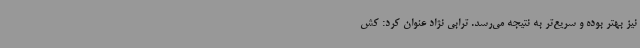
نیز بهتر بوده و سریع‌تر به نتیجه می‌رسد. ترابی نژاد عنوان کرد: کش